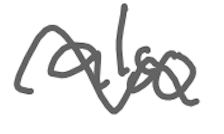
Text: also
Cross-out: wave
Writing tool: digital_gray